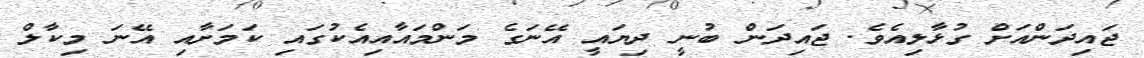
ޖައިދަންއަށް ގުޅާލިއެވެ. ޖައިދަން ބުނީ ދިޔައީ އޭނަގެ މަންމައާއިއެކުގައި ކަމަށާއި އޭނަ މިކާލް